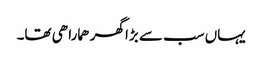
یہاں سب سے بڑا گھر ھمارا ھی تھا۔